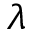
\lambda